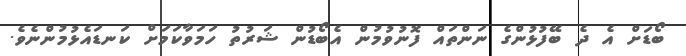
ބޯޑަށް އެ ދެ ބޭފުޅުންގެ ނަންތައް ފޮނުވުމުން އެބޯޑުން ޝަރުތު ހަމަވާކަމަށް ކަނޑައެޅުމުންނެވެ.